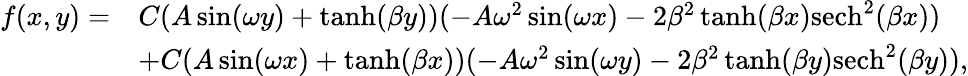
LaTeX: \begin{array}{rl}{f(x,y)=}&{C(A\sin(\omega y)+\operatorname{tanh}(\beta y))(-A\omega^{2}\sin(\omega x)-2\beta^{2}\operatorname{tanh}(\beta x)\mathrm{sech}^{2}(\beta x))}\\ &{+C(A\sin(\omega x)+\operatorname{tanh}(\beta x))(-A\omega^{2}\sin(\omega y)-2\beta^{2}\operatorname{tanh}(\beta y)\mathrm{sech}^{2}(\beta y)),}\end{array}